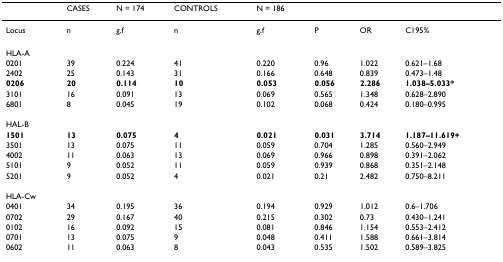
<table><thead><tr><td></td><td><b>CASES</b></td><td><b>N = 174</b></td><td><b>CONTROLS</b></td><td><b>N = 186</b></td><td></td><td></td><td></td></tr></thead><tbody><tr><td>Locus</td><td>n</td><td>g.f</td><td>n</td><td>g.f</td><td>P</td><td>OR</td><td>C195%</td></tr><tr><td>HLA-A</td><td></td><td></td><td></td><td></td><td></td><td></td><td></td></tr><tr><td>0201</td><td>39</td><td>0.224</td><td>41</td><td>0.220</td><td>0.96</td><td>1.022</td><td>0.621–1.68</td></tr><tr><td>2402</td><td>25</td><td>0.143</td><td>31</td><td>0.166</td><td>0.648</td><td>0.839</td><td>0.473–1.48</td></tr><tr><td><b>0206</b></td><td><b>20</b></td><td><b>0.114</b></td><td><b>10</b></td><td><b>0.053</b></td><td><b>0.056</b></td><td><b>2.286</b></td><td><b>1.038–5.033*</b></td></tr><tr><td>3101</td><td>16</td><td>0.091</td><td>13</td><td>0.069</td><td>0.565</td><td>1.348</td><td>0.628–2.890</td></tr><tr><td>6801</td><td>8</td><td>0.045</td><td>19</td><td>0.102</td><td>0.068</td><td>0.424</td><td>0.180–0.995</td></tr><tr><td>HAL-B</td><td></td><td></td><td></td><td></td><td></td><td></td><td></td></tr><tr><td><b>1501</b></td><td><b>13</b></td><td><b>0.075</b></td><td><b>4</b></td><td><b>0.021</b></td><td><b>0.031</b></td><td><b>3.714</b></td><td><b>1.187–11.619+</b></td></tr><tr><td>3501</td><td>13</td><td>0.075</td><td>11</td><td>0.059</td><td>0.704</td><td>1.285</td><td>0.560–2.949</td></tr><tr><td>4002</td><td>11</td><td>0.063</td><td>13</td><td>0.069</td><td>0.966</td><td>0.898</td><td>0.391–2.062</td></tr><tr><td>5101</td><td>9</td><td>0.052</td><td>11</td><td>0.059</td><td>0.939</td><td>0.868</td><td>0.351–2.148</td></tr><tr><td>5201</td><td>9</td><td>0.052</td><td>4</td><td>0.021</td><td>0.21</td><td>2.482</td><td>0.750–8.211</td></tr><tr><td>HLA-Cw</td><td></td><td></td><td></td><td></td><td></td><td></td><td></td></tr><tr><td>0401</td><td>34</td><td>0.195</td><td>36</td><td>0.194</td><td>0.929</td><td>1.012</td><td>0.6–1.706</td></tr><tr><td>0702</td><td>29</td><td>0.167</td><td>40</td><td>0.215</td><td>0.302</td><td>0.73</td><td>0.430–1.241</td></tr><tr><td>0102</td><td>16</td><td>0.092</td><td>15</td><td>0.081</td><td>0.846</td><td>1.154</td><td>0.553–2.412</td></tr><tr><td>0701</td><td>13</td><td>0.075</td><td>9</td><td>0.048</td><td>0.411</td><td>1.588</td><td>0.661–3.814</td></tr><tr><td>0602</td><td>11</td><td>0.063</td><td>8</td><td>0.043</td><td>0.535</td><td>1.502</td><td>0.589–3.825</td></tr></tbody></table>